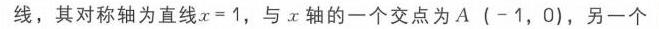
线，其对称轴为直线\(x = 1\)，与\(x\)轴的一个交点为\(A(-1,0)\)，另一个